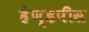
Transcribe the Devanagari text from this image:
हैण्डपीस